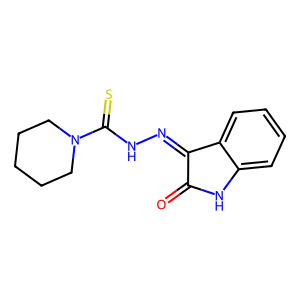
SMILES: O=C1Nc2ccccc2C1=NNC(=S)N1CCCCC1
Inhibits HIV replication: No